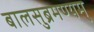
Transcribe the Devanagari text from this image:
बालसुब्रमण्यम्